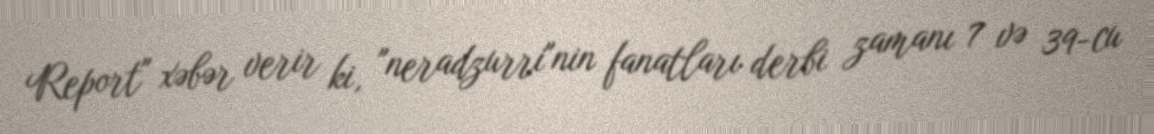
Report" xəbər verir ki, "neradzurri"nin fanatları derbi zamanı 7 və 39-cu